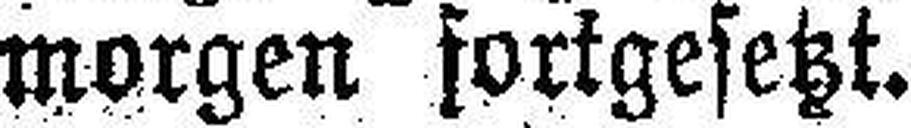
morgen fortgesetzt.